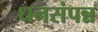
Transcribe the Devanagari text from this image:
धनसंपन्न